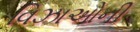
વિઝાઓની